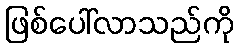
ဖြစ်ပေါ်လာသည်ကို